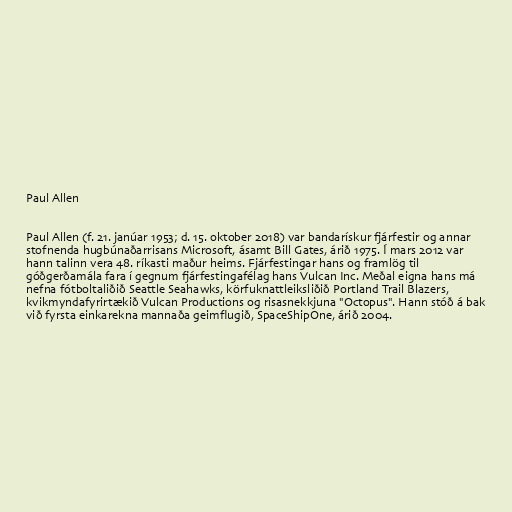
Paul Allen

Paul Allen (f. 21. janúar 1953; d. 15. oktober 2018) var bandarískur fjárfestir og annar
stofnenda hugbúnaðarrisans Microsoft, ásamt Bill Gates, árið 1975. Í mars 2012 var
hann talinn vera 48. ríkasti maður heims. Fjárfestingar hans og framlög til
góðgerðamála fara í gegnum fjárfestingafélag hans Vulcan Inc. Meðal eigna hans má
nefna fótboltaliðið Seattle Seahawks, körfuknattleiksliðið Portland Trail Blazers,
kvikmyndafyrirtækið Vulcan Productions og risasnekkjuna "Octopus". Hann stóð á bak
við fyrsta einkarekna mannaða geimflugið, SpaceShipOne, árið 2004.